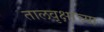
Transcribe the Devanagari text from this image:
तालवृक्षाच्या